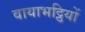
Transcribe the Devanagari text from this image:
वायाभट्ठियों